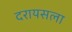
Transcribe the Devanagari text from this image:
दरायसला